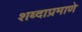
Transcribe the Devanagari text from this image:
शब्दाप्रमाणे